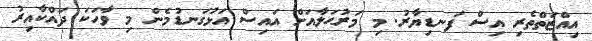
އިއްޒަތްތެރި އިސް ފަނޑިޔާރު. މި މަރުޙަލާއަށް އައިސް އަޅުގަނޑުމެން މި ވާހަކަ ދައްކާއިރު